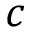
c